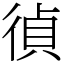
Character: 𢔤